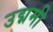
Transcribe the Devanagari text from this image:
उद्ममी